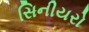
સિનીયરો